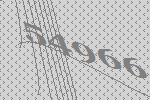
54966